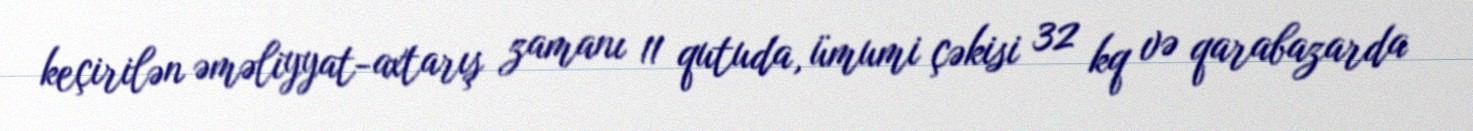
keçirilən əməliyyat-axtarış zamanı 11 qutuda, ümumi çəkisi 32 kq və qarabazarda